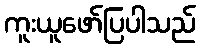
ကူးယူဖော်ပြပါသည်